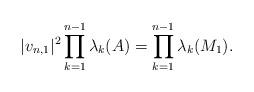
LaTeX: \begin{align*} \lvert v_{n,1} \rvert^2\prod _{k=1}^{n-1}{\lambda_k}(A)=\prod _{k=1}^{n-1}{\lambda_k}(M_1).\end{align*}